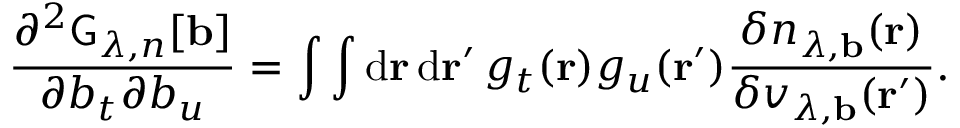
\frac { \partial ^ { 2 } \mathsf { G } _ { \lambda , n } [ \mathbf { b } ] } { \partial b _ { t } \partial b _ { u } } = \int \int \mathrm { d } \mathbf { r } \, \mathrm { d } \mathbf { r } ^ { \prime } \, g _ { t } ( \mathbf { r } ) g _ { u } ( \mathbf { r } ^ { \prime } ) \frac { \delta n _ { \lambda , \mathbf { b } } ( \mathbf { r } ) } { \delta v _ { \lambda , \mathbf { b } } ( \mathbf { r } ^ { \prime } ) } .